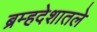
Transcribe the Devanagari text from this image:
ब्रम्हदेशातले